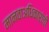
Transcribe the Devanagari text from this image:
मानवाअधिकारांची